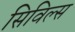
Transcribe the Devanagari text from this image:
सिविल्स